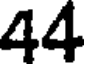
44